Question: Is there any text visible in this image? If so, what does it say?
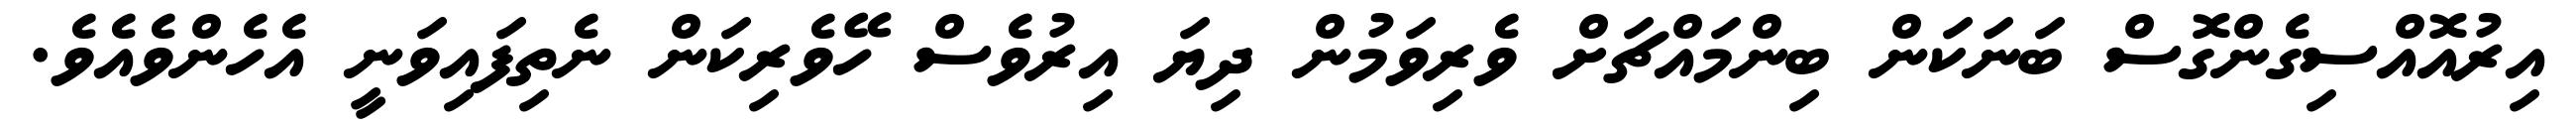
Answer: އިރުއޮއްސިގެންގޮސް ބަނަކަން ބިންމައްޗަށް ވެރިވަމުން ދިޔަ އިރުވެސް ހޭވެރިކަން ނެތިފައިވަނީ އެހެންވެއެވެ.